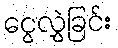
ငွေလွှဲခြင်း